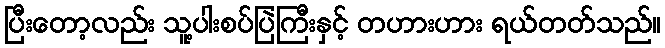
ပြီးတော့လည်း သူ့ပါးစပ်ပြဲကြီးနှင့် တဟားဟား ရယ်တတ်သည်။